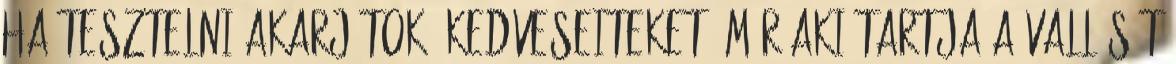
ha tesztelni akarjátok "kedveseiteket" már aki tartja a vallását